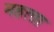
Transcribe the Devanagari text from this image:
महत्‍ता